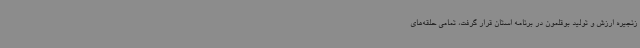
زنجیره ارزش و تولید بوقلمون در برنامه استان قرار گرفت، تمامی حلقه‌های